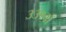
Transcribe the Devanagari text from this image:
३३१वाँ